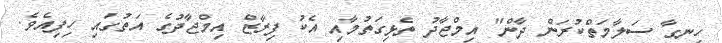
ހިނގާ ސަލާމަތްކުރަން ދާން" އިމްޖާދު ތެޅިގަތުމާއި އެކު ފިރާޒް އިމްޖާދުގެ އަތުގައި ހިފިއެވެ.